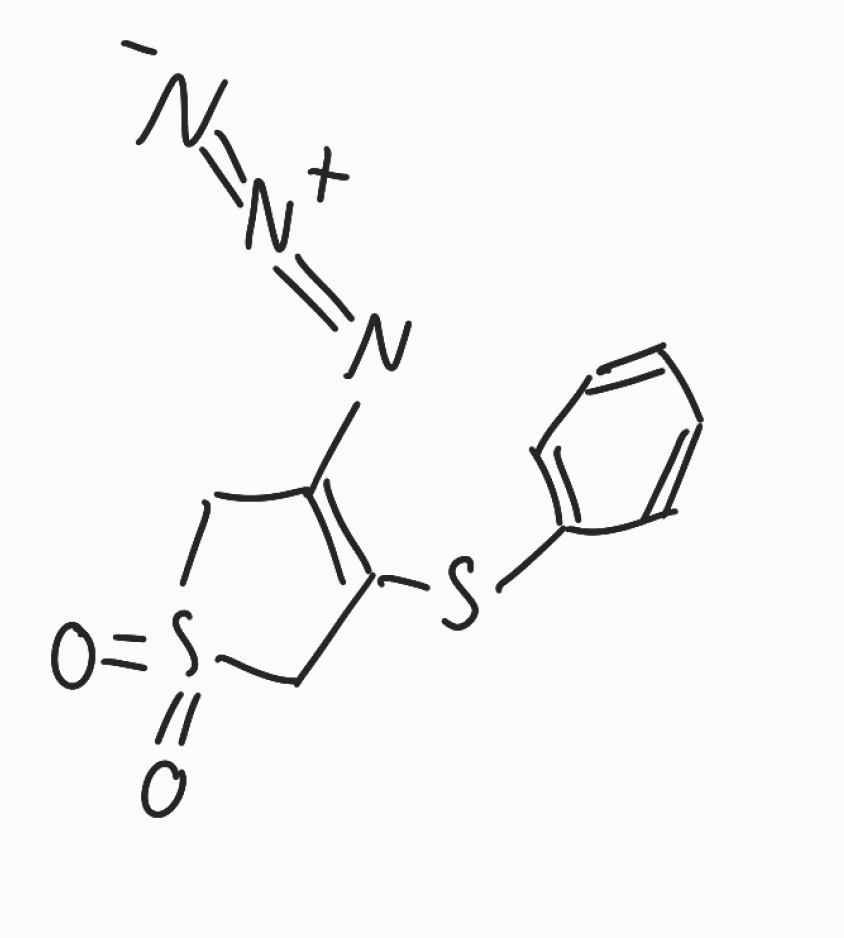
Simplified molecular-input line-entry system (SMILES) notation of the given molecule:
C1C(=C(CS1(=O)=O)SC2=CC=CC=C2)N=[N+]=[N-]